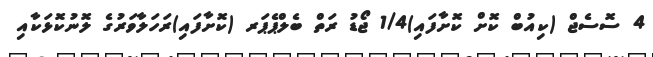
4 ސޮސެޖް (ކިއުބް ކޮށް ކޮށާފައި)1/4 ޖޯޑު ރަތް ބެލްޕެޕަރ (ކޮށާފައި)ރަހަލާވަރުގެ ލޮނުކޮޅަކާއި